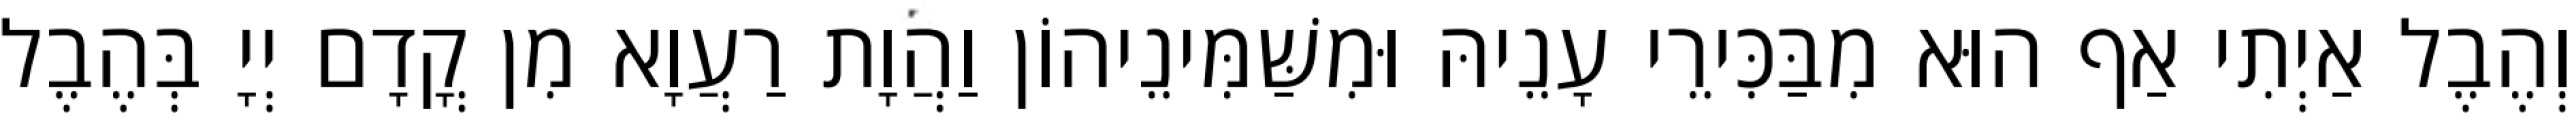
וְהֶבֶל אַיְתִי אַף הוּא מִבַּכִּירֵי עָנֵיהּ וּמִשַּׁמִּינֵיהוֹן וַהֲוָת רַעֲוָא מִן קֳדָם יְיָ בְּהֶבֶל